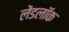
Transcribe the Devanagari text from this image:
लेंडलॉक